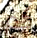
كم